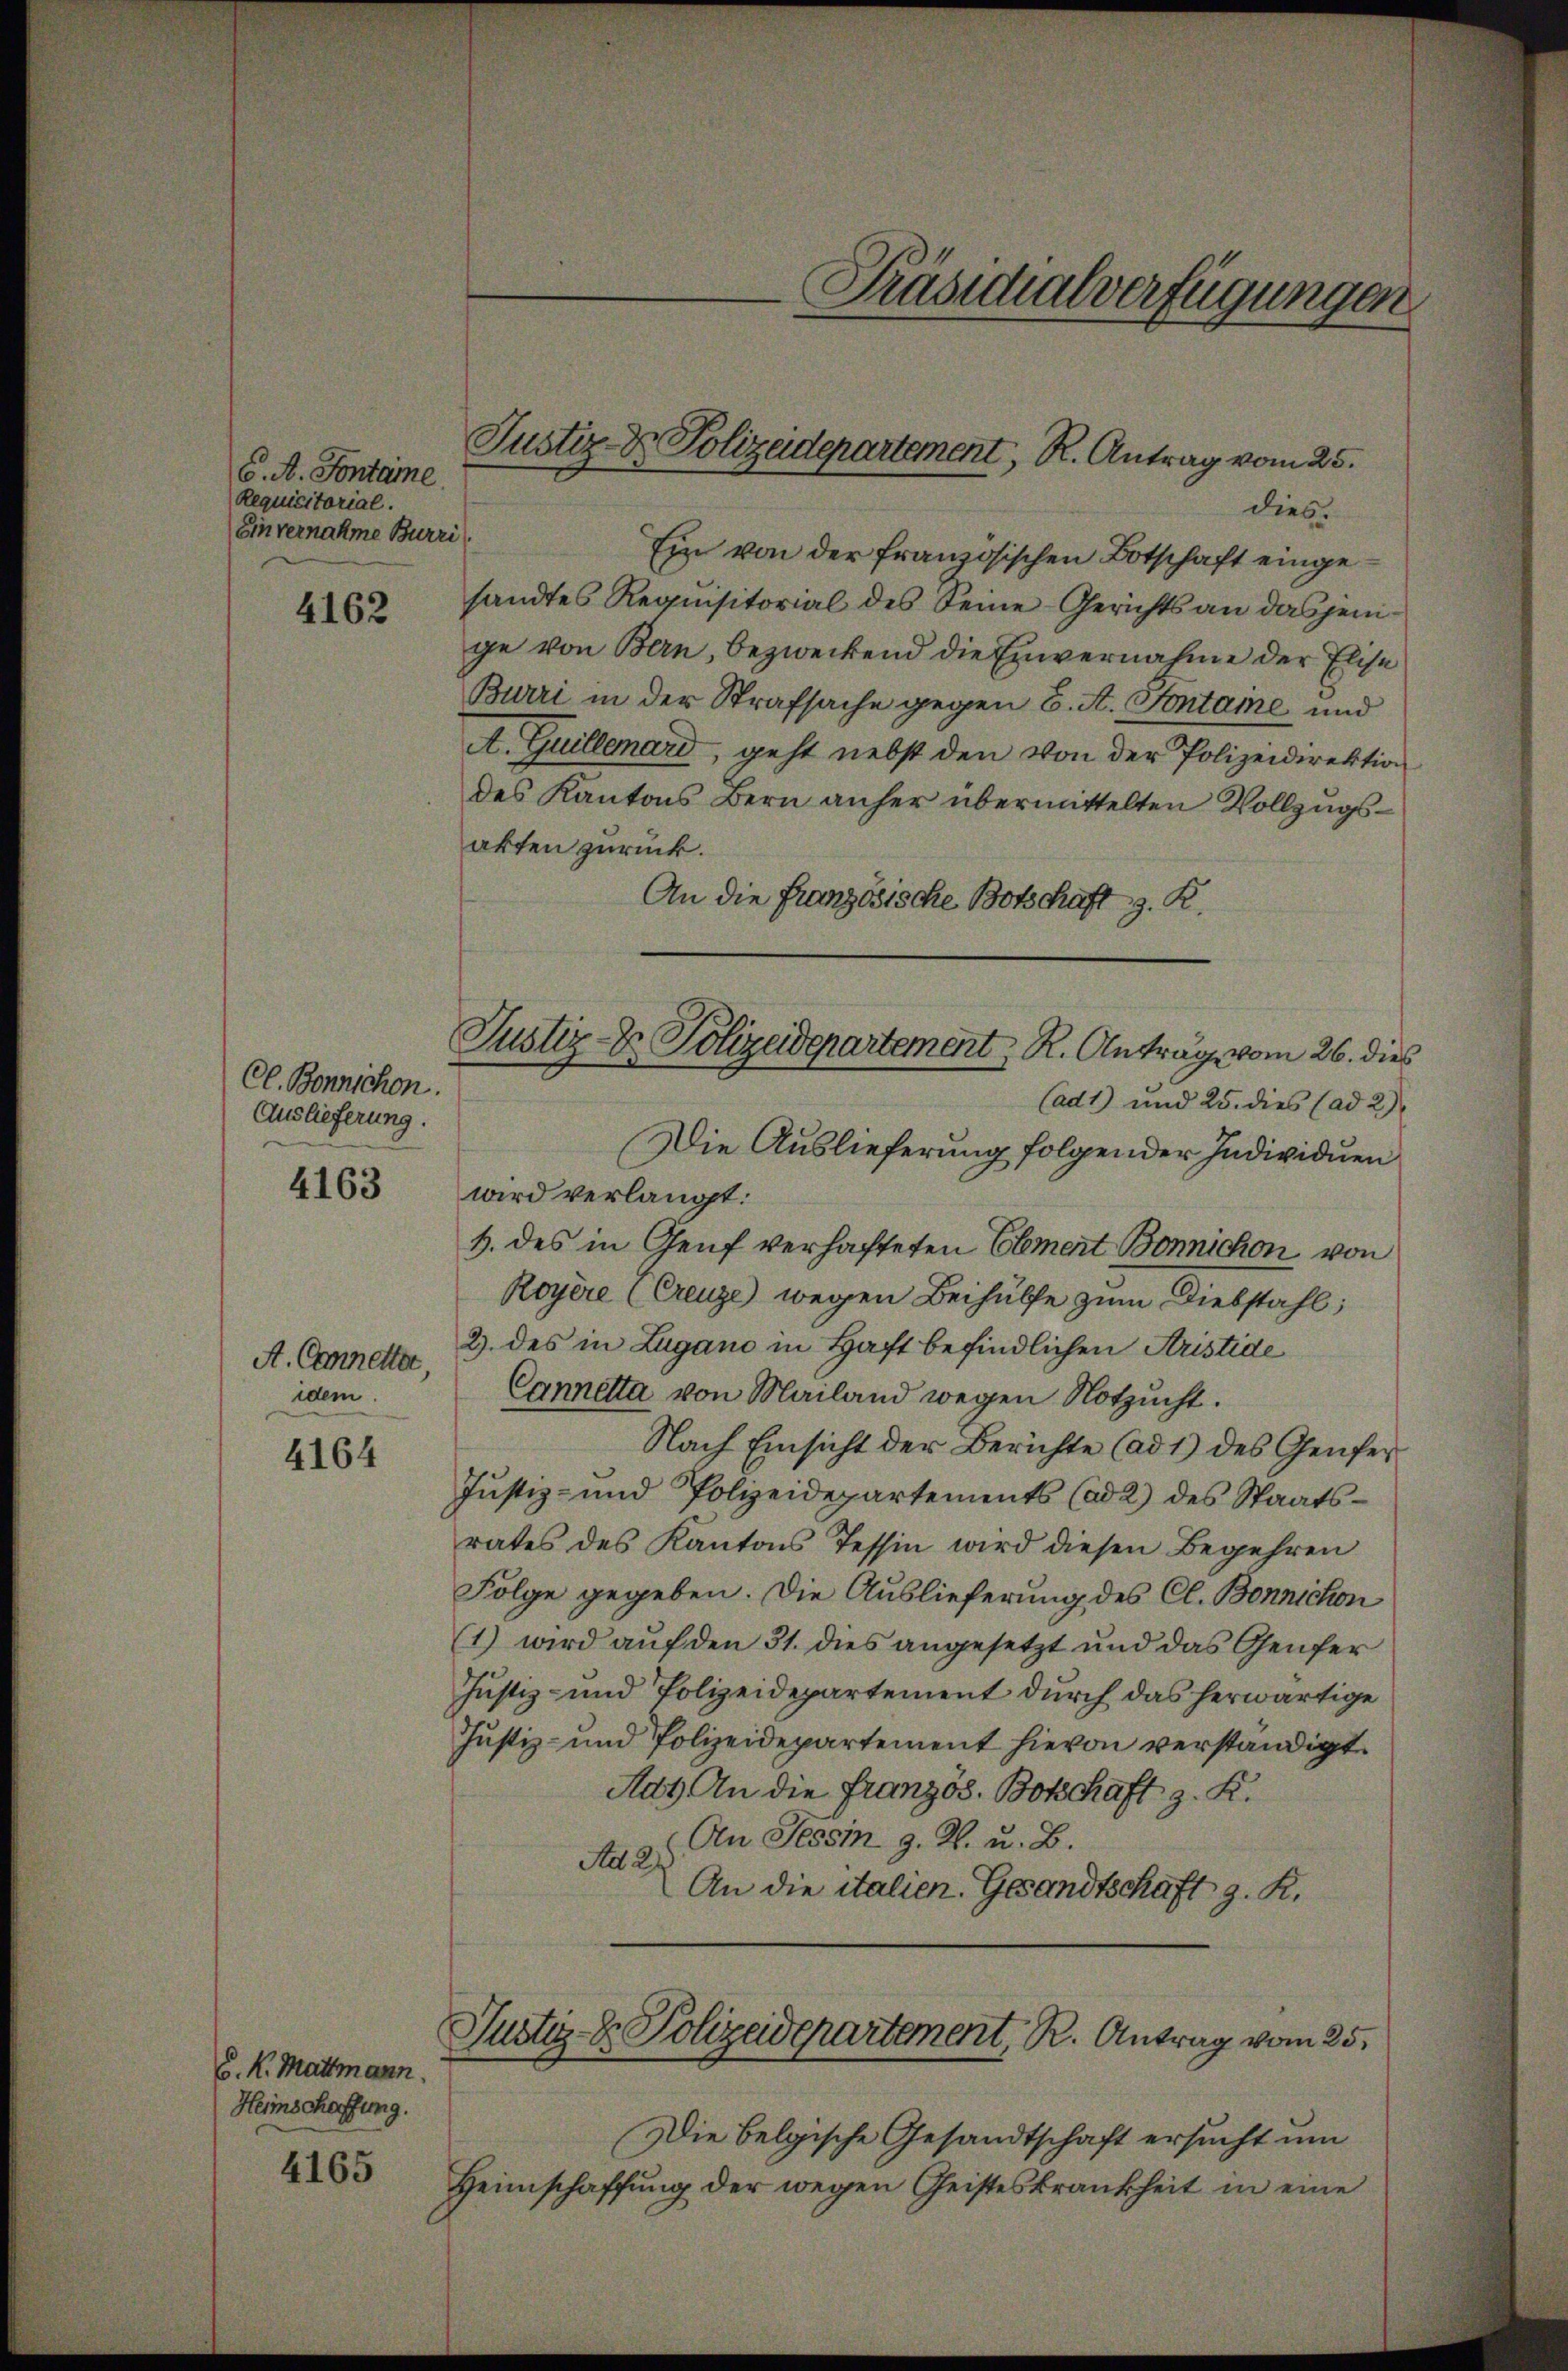
S. A. Fontame
Requisitorial.
Einvernahme Burri

4162

Cl. Bonnichen.
Auslieferung.

4163

A. Cannetter,
idem

4164

C. K. Mattmann.
Heimschaffung.

4165

Präsidialverfügungen.

dies.
Ein von der französischen Botschaft eingesandtes Requisitorial des Seine Gerichts an dasjenige von Bern, bezweckend die Einvernahme der Elise
Burri in der Strafsache gegen 6. A. Sontane und
A. Guillemard, geht nebst den von der Polizeidirektion
des Kantons Bern anher übermittelten Vollzugsakten zurück.
An die französische Botschaft z. R.
Cad1) und 25. dies (ad 2)
Die Auslieferung folgender Individuen
wird verlangt:
H. des in Genf verhafteten Elmert Bonnichon von
Royere (Creuze) wegen Beihülfe zum Diebstahl;
2. des in Lugano in Haft befindlichen Aristide
Cannetta von Mailand wegen Notzucht.
Nach Einsicht der Berichte (ad 1) des Genfe¬
Justiz- und Polizeidepartements (ad 2) des Staatsrates des Kantons Tessin wird diesen Begehren
Folge gegeben. Die Auslieferung des Cl. Bonnichon
1) wird auf den 31. dies angesetzt und das Genfer
Justiz- und Polizeidepartement durch das herwärtige
Justiz- und Polizeidepartement hievon verständigt.
Adt. An die Französ. Botschaft z. K.
An Tessin z. R. u. B.
Ad 2.
An die italien. Gesandtschaft z. R.
Justiz- & Polizeidepartement, R. Antrag vom 25.
Die belgische Gesandtschaft ersucht um
Heimschaffung der wegen Geisteskrankheit in eine

Justiz- & Polizeidepartement, R. Antrag vom 25.

Justiz- & Polizeidepartement, R. Antrag vom 26. dies